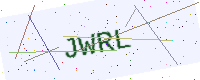
Text: JWRL